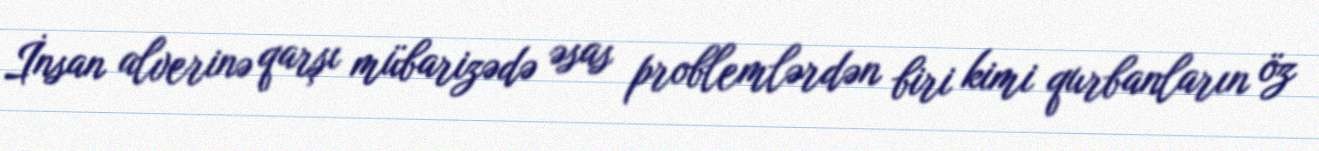
İnsan alverinə qarşı mübarizədə əsas problemlərdən biri kimi qurbanların öz